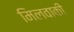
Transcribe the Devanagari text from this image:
मिलवाकी